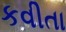
કવીતા